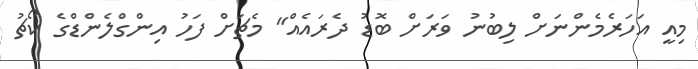
މިއީ އަހަރެމެންނަށް ލިބުނު ވަރަށް ބޮޑު ދެރައެއް" މެޗަށް ފަހު އިންގްލެންޑްގެ ކޯޗު